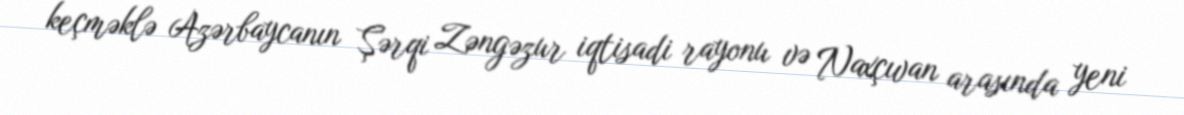
keçməklə Azərbaycanın Şərqi Zəngəzur iqtisadi rayonu və Naxçıvan arasında yeni